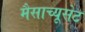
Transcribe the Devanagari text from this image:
मैसाच्यूसेट